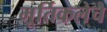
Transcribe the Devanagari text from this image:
मूर्तिकलेचे